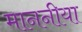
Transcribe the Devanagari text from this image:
माननीया